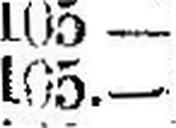
105.—